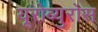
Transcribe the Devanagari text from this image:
यूरोब्युरोस